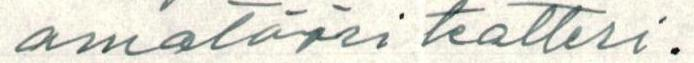
amatööri teatteri.